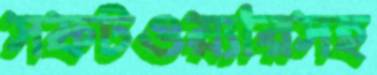
সফটওয়্যারসহ